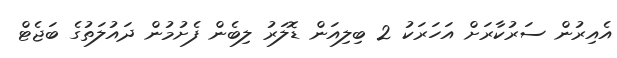
އެއިރުން ސަރުކާރަށް އަހަރަކު 2 ބިލިއަން ޑޮލަރު ލިބެން ފެށުމުން ދައުލަތުގެ ބަޖެޓް